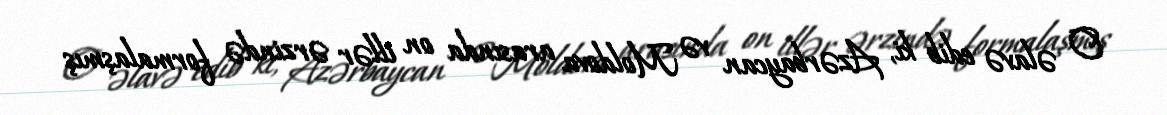
O əlavə edib ki, Azərbaycan və Moldova arasında on illər ərzində formalaşmış